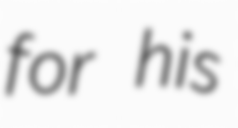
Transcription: for his